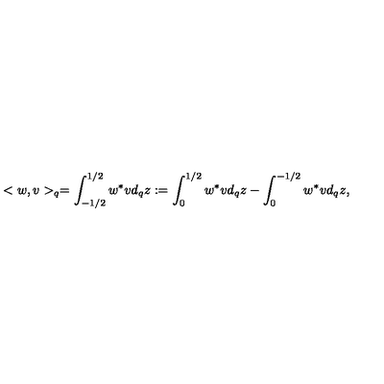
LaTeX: < w , v > _ { q } = \int _ { - 1 / 2 } ^ { 1 / 2 } w ^ { * } v d _ { q } z : = \int _ { 0 } ^ { 1 / 2 } w ^ { * } v d _ { q } z - \int _ { 0 } ^ { - 1 / 2 } w ^ { * } v d _ { q } z ,